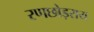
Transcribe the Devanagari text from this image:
रणछोड़राय